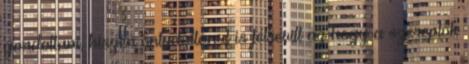
gondoltam, hiszen öntudatlanul is félrevitt az hogy a szereplők